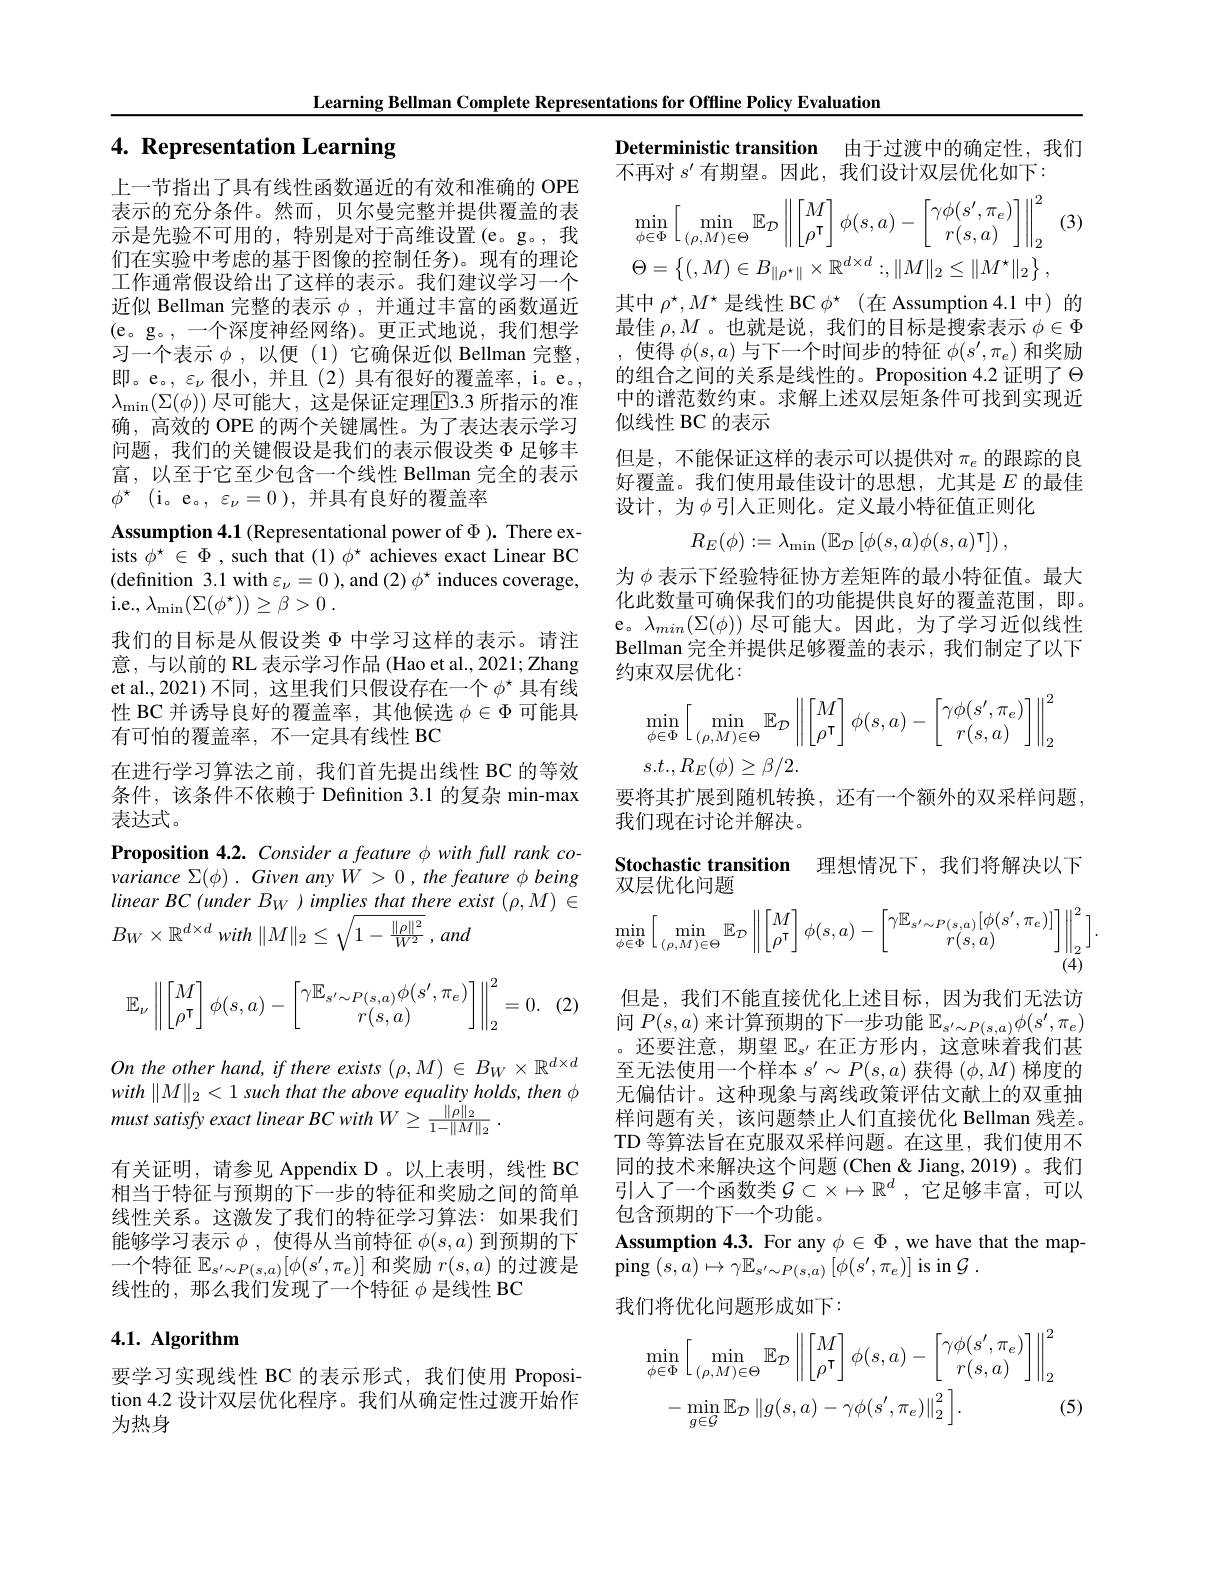
Learning Bellman Complete Representations for Offline Policy Evaluation

# 4. Representation Learning

Deterministic transition 由于过渡中的确定性，我们
不再对$s^{\prime}$有期望。因此，我们设计双层优化如下：

(3
$$\min_{\phi\in\Phi}\left[\min_{(\rho,M)\in\Theta}\mathbb{E}_{\mathcal{D}}\left\|\begin{bmatrix}M\\\rho^{\mathsf{T}}\end{bmatrix}\phi(s,a)-\begin{bmatrix}\gamma\phi(s',\pi_e)\\r(s,a)\end{bmatrix}\right\|_2^2\right.\\\Theta=\left\{(,M)\in B_{\|\rho^{\star}\|}\times\mathbb{R}^{d\times d}:,\|M\|_{2}\leq\|M^{\star}\|_{2}\right\},$$
其中$\rho^\star,M^\star$是线性 BC $\phi^\star$ (在 Assumption 4.1 中)的最佳$\rho,M$ 。也就是说，我们的目标是搜索表示$\phi\in\Phi$ 使得$\phi(s,a)$与下一个时间步的特征$\phi(s^\prime,\pi_e)$和奖励的组合之间的关系是线性的。Proposition 4.2 证明了$\Theta$ 中的谱范数约束。求解上述双层矩条件可找到实现近似线性 BC 的表示
但是，不能保证这样的表示可以提供对$\pi_e$的跟踪的良好覆盖。我们使用最佳设计的思想，尤其是$E$的最佳设计，为$\phi$引入正则化。定义最小特征值正则化
$$R_{E}(\phi):=\lambda_{\min}\left(\mathbb{E}_{\mathcal{D}}\left[\phi(s,a)\phi(s,a)^{\intercal}\right]\right),$$
上一节指出了具有线性函数逼近的有效和准确的 OPE 表示的充分条件。然而，贝尔曼完整并提供覆盖的表示是先验不可用的，特别是对于高维设置(e。g。,我们在实验中考虑的基于图像的控制任务)。现有的理论工作通常假设给出了这样的表示。我们建议学习一个近似 Bellman 完整的表示$\phi$,并通过丰富的函数逼近(e。g。,一个深度神经网络)。更正式地说，我们想学习一个表示 $\phi$, 以便(1)它确保近似 Bellman 完整， 即。e。, $\varepsilon_\nu$很小，并且(2)具有很好的覆盖率，i。e。, $\lambda_{\min}(\Sigma(\phi))$ 尽可能大，这是保证定理$\overline{\mathrm{E}}$3.3 所指示的准确，高效的 OPE 的两个关键属性。为了表达表示学习问题，我们的关键假设是我们的表示假设类$\Phi$足够丰富，以至于它至少包含一个线性 Bellman 完全的表示$\phi ^*$ (i。e。,$\varepsilon_\nu=0)$,并具有良好的覆盖率
Assumption 4.1 (Representational power of $\Phi).$ There exists $\phi^\star\in\Phi$ , such that $(1)\phi^\star$ achieves exact Linear BC (definition 3.1 with $\varepsilon_\nu=0)$,and $(2)\phi^*$ induces coverage, i.e.,$\lambda _{\mathrm{min}}( \Sigma ( \phi ^{\star }) ) \geq \beta > 0$ .
我们的目标是从假设类$\Phi$中学习这样的表示。请注意，与以前的 RL 表示学习作品 (Hao et al., 2021; Zhang et al., 2021) 不同，这里我们只假设存在一个$\phi^{\star}$具有线性 BC 并诱导良好的覆盖率，其他候选$\phi\in\Phi$可能具有可怕的覆盖率，不一定具有线性 BC
在进行学习算法之前，我们首先提出线性 BC 的等效条件，该条件不依赖于 Definition 3.1 的复杂 min-max 表达式。
Proposition 4.2. Consider a feature $\phi$ with full rank covariance $\Sigma(\phi).$ Given any $W>0,the$ feature $\phi$ being $linearBC(underB_W)impliesthatthereexist(\rho,M)\in$ $B_{W}\times \mathbb{R} ^{d\times d}with$ $\| M\| _{2}\leq \sqrt {1- \frac {\| \rho \| ^{2}}{W^{2}}}, and$
$$\mathbb{E}_\nu\left\|\begin{bmatrix}M\\\rho^\intercal\end{bmatrix}\phi(s,a)-\begin{bmatrix}\gamma\mathbb{E}_{s'\sim P(s,a)}\phi(s',\pi_e)\\r(s,a)\end{bmatrix}\right\|_2^2=0.$$
为$\phi$表示下经验特征协方差矩阵的最小特征值。最大化此数量可确保我们的功能提供良好的覆盖范围，即。e。$\lambda_{min}(\Sigma(\phi))$尽可能大。因此，为了学习近似线性Bellman 完全并提供足够覆盖的表示 , 我们制定了以下约束双层优化：
$$\min\limits_{\phi\in\Phi}\Big[\min\limits_{(\rho,M)\in\Theta}\mathbb{E}_{\mathcal{D}}\left\|\begin{bmatrix}M\\\rho^\intercal\end{bmatrix}\phi(s,a)-\begin{bmatrix}\gamma\phi(s',\pi_e)\\r(s,a)\end{bmatrix}\right\|_2^2$$
$s.t.,R_E(\phi)\geq\beta/2.$
要将其扩展到随机转换，还有一个额外的双采样问题，
我们现在讨论并解决。
Stochastic transition 理想情况下，我们将解决以下
双层优化问题
$$\min\limits_{\phi\in\Phi}\bigg[\min\limits_{(\rho,M)\in\Theta}\mathbb{E}_{\mathcal{D}}\left\|\begin{bmatrix}M\\\rho^{\intercal}\end{bmatrix}\phi(s,a)-\begin{bmatrix}\gamma\mathbb{E}_{s'\sim P(s,a)}[\phi(s',\pi_e)]\\r(s,a)\end{bmatrix}\right\|_{2}^{2}\bigg].$$
(2

但是，我们不能直接优化上述目标，因为我们无法访问$P(s,a)$来计算预期的下一步功能$\mathbb{E}_{s^{\prime}\sim P(s,a)}\phi(s^{\prime},\pi_e)$ 。还要注意，期望$\mathbb{E}_s^{\prime}$在正方形内，这意味着我们甚至无法使用一个样本$s^\prime\sim P(s,a)$获得$(\phi,M)$梯度的无偏估计。这种现象与离线政策评估文献上的双重抽样问题有关，该问题禁止人们直接优化 Bellman 残差。TD 等算法旨在克服双采样问题。在这里，我们使用不同的技术来解决这个问题 (Chen & Jiang, 2019) 。我们引人了一个函数类$\mathcal{G} \subset \times \mapsto \mathbb{R} ^d, \tilde{\text{它 足 够 丰 富 }} $,可以包含预期的下一个功能。
Assumption 4.3. For any $\phi\in\Phi$ ,we have that the map-
$\operatorname{ping}\left(s,a\right)\mapsto\gamma\mathbb{E}_{s^{\prime}\sim P(s,a)}\left[\phi(s^{\prime},\pi_{e})\right]$is in$\mathcal{G}.$
我们将优化问题形成如下：

On the other hand, if there exists $(\rho,M)\in B_W\times\mathbb{R}^{d\times d}$ $with\parallel M\parallel_{2}<1$ such that the above equality holds, then $\phi$ must satisfy exact linear BC with W Z 1- M M L
有关证明，请参见 Appendix D 。以上表明，线性 BC 相当于特征与预期的下一步的特征和奖励之间的简单线性关系。这激发了我们的特征学习算法：如果我们能够学习表示$\phi$,使得从当前特征$\phi(s,a)$到预期的下一个特征$\mathbb{E}_{s^{\prime}\sim P(s,a)}[\phi(s^{\prime},\pi_e)]$和奖励$r(s,a)$的过渡是线性的，那么我们发现了一个特征$\phi$是线性 BC

## 4.1. Algorithm
$$\begin{aligned}\min_{\phi\in\Phi}\Big[\min_{(\rho,M)\in\Theta}\mathbb{E}_{\mathcal{D}}\left\|\begin{bmatrix}M\\\rho^{\mathsf{T}}\end{bmatrix}\phi(s,a)-\begin{bmatrix}\gamma\phi(s^{\prime},\pi_{e})\\r(s,a)\end{bmatrix}\right\|_{2}^{2}\\&-\min_{g\in\mathcal{G}}\mathbb{E}_{\mathcal{D}}\left\|g(s,a)-\gamma\phi(s^{\prime},\pi_{e})\right\|_{2}^{2}\Big].\end{aligned}$$
要学习实现线性 BC 的表示形式，我们使用 Proposition 4.2 设计双层优化程序。我们从确定性过渡开始作为热身

(5)